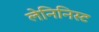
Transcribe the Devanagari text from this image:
लेनिनिस्ट